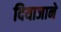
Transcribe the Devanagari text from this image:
दियाजाने